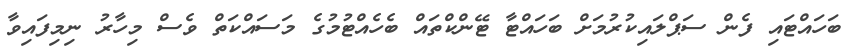
ބަހައްޓައި ފެން ސަޕްލައިކުރުމަށް ބަހައްޓާ ޓޭންކްތައް ބެހެއްޓުމުގެ މަސައްކަތް ވެސް މިހާރު ނިމިފައިވާ